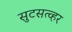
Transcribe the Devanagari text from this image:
सुटसत्व्हर